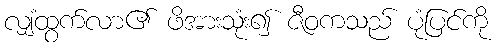
လျှံထွက်လာ၏ ဖိအားသုံး၍ ဇီဝကသည် ပုံပြင်ကို